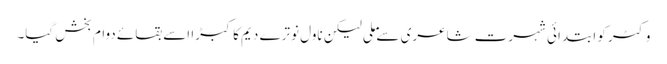
وکٹر کو ابتدائی شہرت شاعری سے ملی لیکن ناول نوترے دیم کا کبڑا اسے بقائے دوام بخش گیا۔